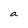
Character: a